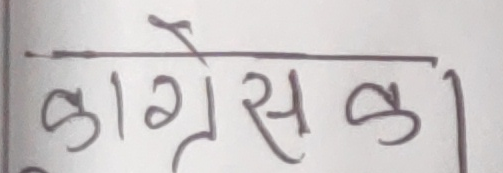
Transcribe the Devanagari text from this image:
काँग्रेस का